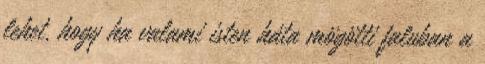
lehet, hogy ha valami isten háta mögötti faluban a